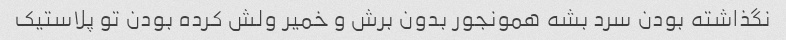
نگذاشته بودن سرد بشه همونجور بدون برش و خمیر ولش کرده بودن تو پلاستیک